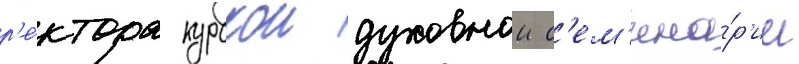
р'е́ктора курскои духовнои с'ем'ина́р'ии